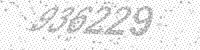
Solution: 936229